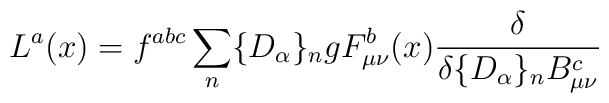
L^a(x)= f^{abc}\sum_{n}\{D_{\alpha}\}_n gF_{\mu\nu}^b(x) \frac{\delta}{\delta\{D_{\alpha}\}_nB_{\mu\nu}^c}